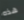
هذه